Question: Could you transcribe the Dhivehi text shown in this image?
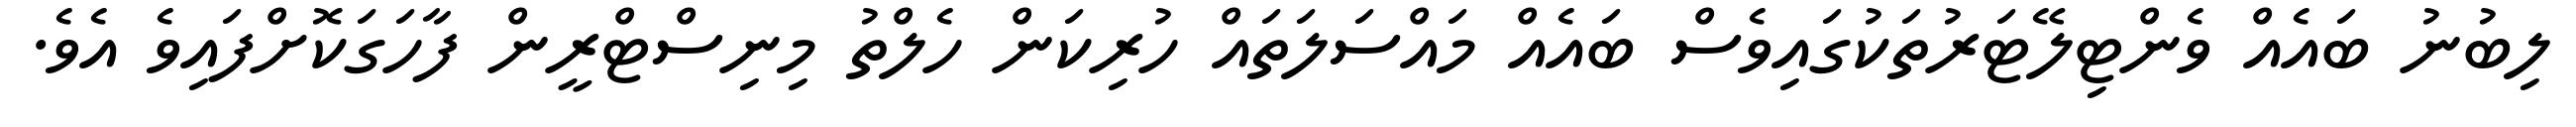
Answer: ލިބުނު ބައެއް ވެންޓިލޭޓަރުތަކުގައިވެސް ބައެއް މައްސަލަތައް ހުރިކަން ހެލްތު މިނިސްޓްރީން ފާހަގަކޮށްފައިވެ އެވެ.